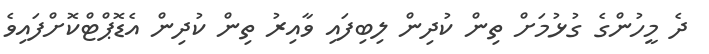
ދެ މީހުންގެ ގުޅުމަށް ތިން ކުދިން ލިބިފައި ވާއިރު ތިން ކުދިން އެޑޮޕްޓްކޮށްފައިވެ